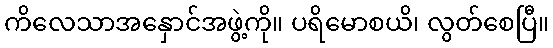
ကိလေသာအနှောင်အဖွဲ့ကို။ ပရိမောစယိ၊ လွတ်စေပြီ။